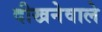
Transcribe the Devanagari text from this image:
दीखनेवाले